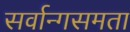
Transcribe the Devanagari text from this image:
सर्वान्गसमता